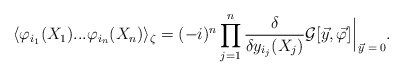
\begin{align*}\langle \varphi_{i_1} (X_1) ... \varphi_{i_n} (X_n) \rangle_\zeta = (- i)^n \prod_{j = 1}^n \frac{\delta}{\delta y_{i_j} (X_j)} {\cal G} [\vec{y}, \vec{\varphi}] \, \rule[-3mm]{.14mm}{8.5mm} \raisebox{-2.85mm}{\scriptsize{$\; \vec{y} = 0$}} .\end{align*}